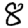
Digit: 8